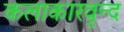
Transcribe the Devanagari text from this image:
कलाकारवृन्द